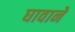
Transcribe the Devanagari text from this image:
घावाने